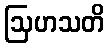
ဩဟသတိ